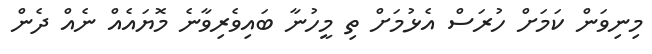
މިނިވަން ކަމަށް ހުރަސް އެޅުމަށް ތި މީހުނާ ބައިވެރިވާނެ މޮޔައެއް ނެއް ދެން